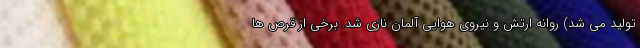
تولید می شد) روانه ارتش و نیروی هوایی آلمان نازی شد. برخی از قرص ها